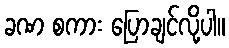
ခဏ စကား ပြောချင်လို့ပါ။